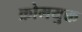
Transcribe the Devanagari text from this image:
क्रोमयुक्त